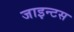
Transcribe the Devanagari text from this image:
जाइन्टस